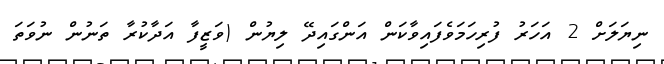
ނިޔަލަށް 2 އަހަރު ފުރިހަމަވެފައިވާކަން އަންގައިދޭ ލިޔުން (ވަޒީފާ އަދާކުރާ ތަނުން ނުވަތަ